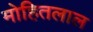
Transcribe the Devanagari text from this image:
मोहितलाल